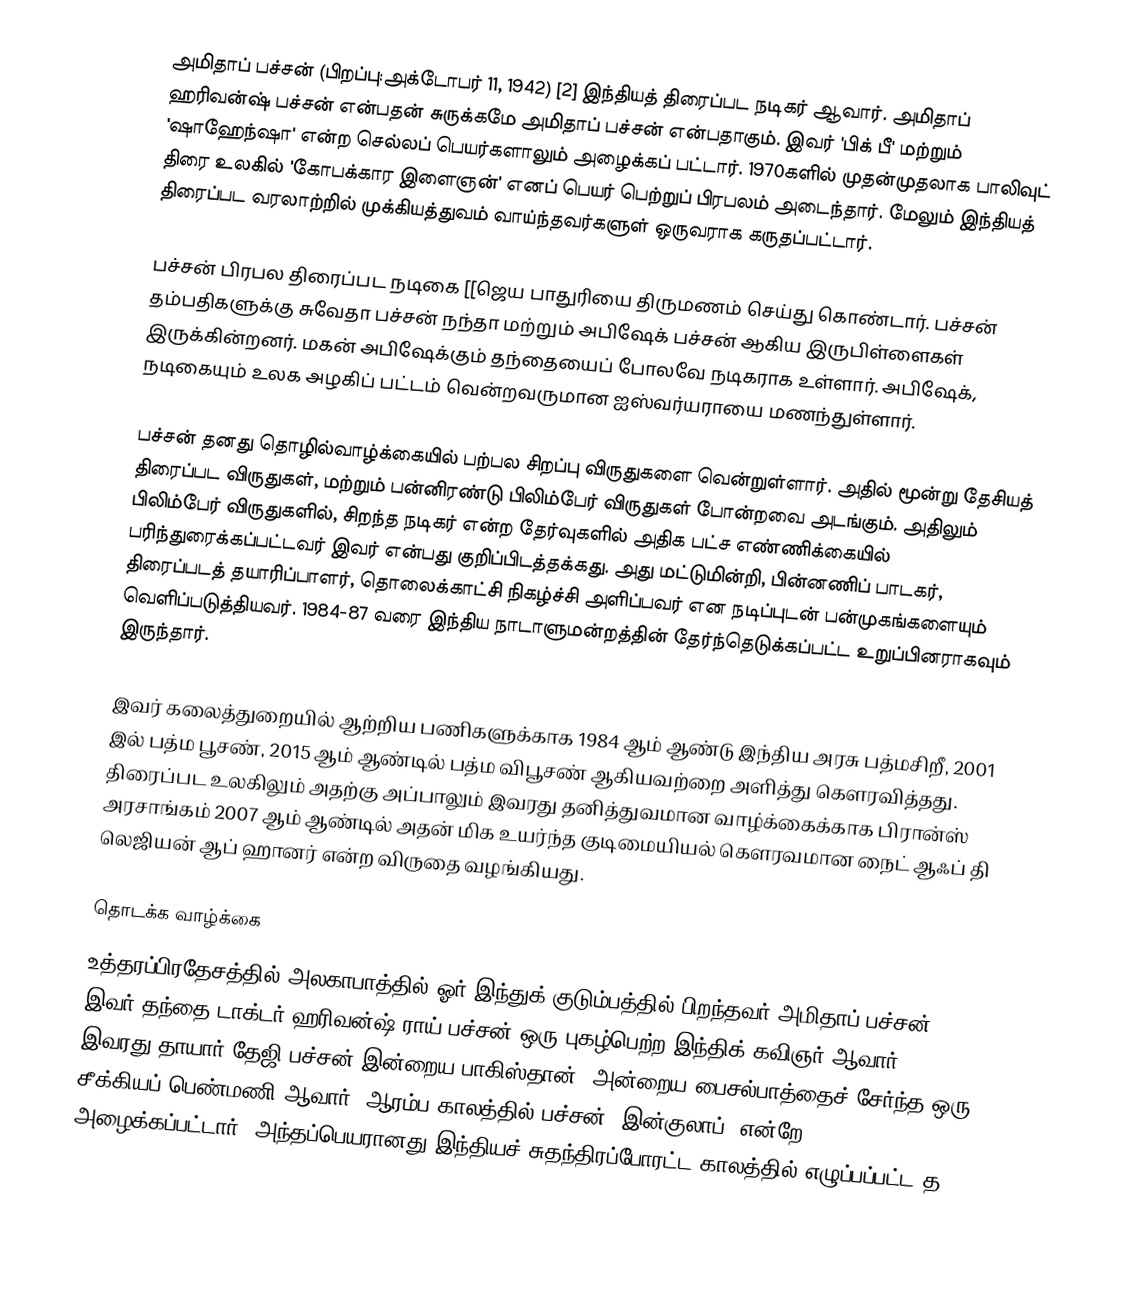
அமிதாப் பச்சன் (பிறப்பு:அக்டோபர் 11, 1942) [2] இந்தியத் திரைப்பட நடிகர் ஆவார். அமிதாப் ஹரிவன்ஷ் பச்சன்  என்பதன் சுருக்கமே அமிதாப் பச்சன் என்பதாகும். இவர் 'பிக் பீ' மற்றும் 'ஷாஹேந்ஷா' என்ற செல்லப் பெயர்களாலும் அழைக்கப் பட்டார். 1970களில் முதன்முதலாக பாலிவுட் திரை உலகில் 'கோபக்கார இளைஞன்' எனப் பெயர் பெற்றுப் பிரபலம் அடைந்தார். மேலும் இந்தியத் திரைப்பட வரலாற்றில் முக்கியத்துவம் வாய்ந்தவர்களுள் ஒருவராக கருதப்பட்டார்.

பச்சன் பிரபல திரைப்பட நடிகை [[ஜெய பாதுரியை திருமணம் செய்து கொண்டார். பச்சன் தம்பதிகளுக்கு சுவேதா பச்சன் நந்தா மற்றும் அபிஷேக் பச்சன் ஆகிய இருபிள்ளைகள் இருக்கின்றனர். மகன் அபிஷேக்கும் தந்தையைப் போலவே நடிகராக உள்ளார். அபிஷேக், நடிகையும் உலக அழகிப் பட்டம் வென்றவருமான ஐஸ்வர்யராயை மணந்துள்ளார்.

பச்சன் தனது தொழில்வாழ்க்கையில் பற்பல சிறப்பு விருதுகளை வென்றுள்ளார். அதில் மூன்று தேசியத் திரைப்பட விருதுகள், மற்றும் பன்னிரண்டு பிலிம்பேர் விருதுகள் போன்றவை அடங்கும். அதிலும் பிலிம்பேர் விருதுகளில், சிறந்த நடிகர் என்ற தேர்வுகளில் அதிக பட்ச எண்ணிக்கையில் பரிந்துரைக்கப்பட்டவர் இவர் என்பது குறிப்பிடத்தக்கது. அது மட்டுமின்றி, பின்னணிப் பாடகர், திரைப்படத் தயாரிப்பாளர், தொலைக்காட்சி நிகழ்ச்சி அளிப்பவர் என நடிப்புடன் பன்முகங்களையும் வெளிப்படுத்தியவர். 1984-87 வரை இந்திய நாடாளுமன்றத்தின் தேர்ந்தெடுக்கப்பட்ட உறுப்பினராகவும் இருந்தார்.

இவர் கலைத்துறையில் ஆற்றிய பணிகளுக்காக 1984 ஆம் ஆண்டு இந்திய அரசு  பத்மசிறீ, 2001 இல் பத்ம பூசண், 2015 ஆம் ஆண்டில் பத்ம விபூசண் ஆகியவற்றை அளித்து கௌரவித்தது. திரைப்பட உலகிலும் அதற்கு அப்பாலும் இவரது தனித்துவமான வாழ்க்கைக்காக பிரான்ஸ் அரசாங்கம் 2007 ஆம் ஆண்டில் அதன் மிக உயர்ந்த குடிமையியல் கௌரவமான நைட் ஆஃப் தி லெஜியன் ஆப் ஹானர் என்ற விருதை வழங்கியது.

தொடக்க வாழ்க்கை
உத்தரப்பிரதேசத்தில் அலகாபாத்தில் ஓர் இந்துக் குடும்பத்தில் பிறந்தவர் அமிதாப் பச்சன். இவர் தந்தை டாக்டர் ஹரிவன்ஷ் ராய் பச்சன் ஒரு புகழ்பெற்ற இந்திக் கவிஞர் ஆவார். இவரது தாயார் தேஜி பச்சன் இன்றைய பாகிஸ்தான், அன்றைய பைசல்பாத்தைச் சேர்ந்த ஒரு சீக்கியப் பெண்மணி ஆவார். ஆரம்ப காலத்தில் பச்சன் 'இன்குலாப்' என்றே அழைக்கப்பட்டார். அந்தப்பெயரானது இந்தியச் சுதந்திரப்போரட்ட காலத்தில் எழுப்பப்பட்ட த